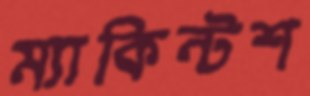
ম্যাকিন্টশ